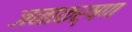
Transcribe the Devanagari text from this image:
जनाकर्षण